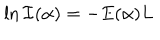
\ln { \cal I } ( \alpha ) = - E ( \alpha ) L